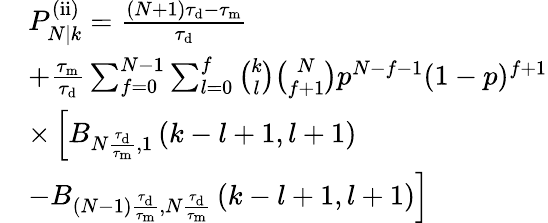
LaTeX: \begin{array}{rl}&{P_{N|k}^{\mathrm{(ii)}}=\frac{(N+1)\tau_{\mathrm{d}}-\tau_{\mathrm{m}}}{\tau_{\mathrm{d}}}}\\ &{+\frac{\tau_{\mathrm{m}}}{\tau_{\mathrm{d}}}\sum_{f=0}^{N-1}\sum_{l=0}^{f}\binom{k}{l}\binom{N}{f+1}p^{N-f-1}(1-p)^{f+1}}\\ &{\times\left[B_{N\frac{\tau_{\mathrm{d}}}{\tau_{\mathrm{m}}},1}\left(k-l+1,l+1\right)\right.}\\ &{\left.-B_{(N-1)\frac{\tau_{\mathrm{d}}}{\tau_{\mathrm{m}}},N\frac{\tau_{\mathrm{d}}}{\tau_{\mathrm{m}}}}\left(k-l+1,l+1\right)\right]}\end{array}